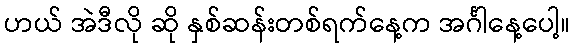
ဟယ် အဲဒီလို ဆို နှစ်ဆန်းတစ်ရက်နေ့က အင်္ဂါနေ့ပေါ့။